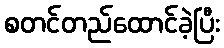
စတင်တည်ထောင်ခဲ့ပြီး